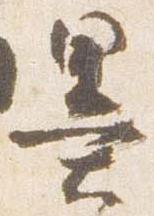
墨